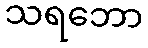
သရဘော